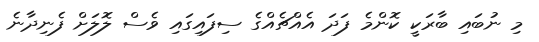
މި ނުބައި ބާރަކީ ކޮންމެ ފަދަ އެއްޗެއްގެ ސިފައިގައި ވެސް ލޮލަށް ފެނިދާނެ